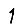
Digit: 1